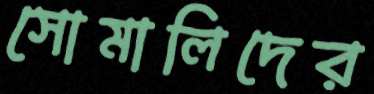
সোমালিদের